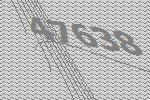
47638